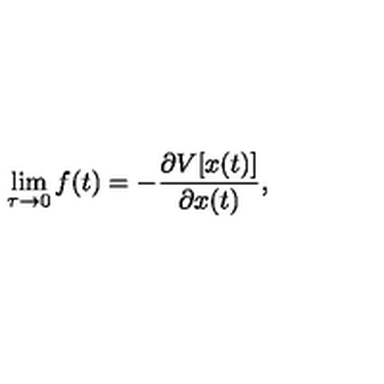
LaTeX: \lim _ { \tau \rightarrow 0 } f ( t ) = - \frac { \partial V [ x ( t ) ] } { \partial x ( t ) } ,